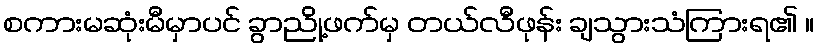
စကားမဆုံးမီမှာပင် ခွာညို့ဖက်မှ တယ်လီဖုန်း ချသွားသံကြားရ၏ ။